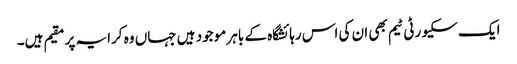
ایک سکیورٹی ٹیم بھی ان کی اس رہائشگاہ کے باہر موجود ہیں جہاں وہ کرایہ پر مقیم ہیں۔